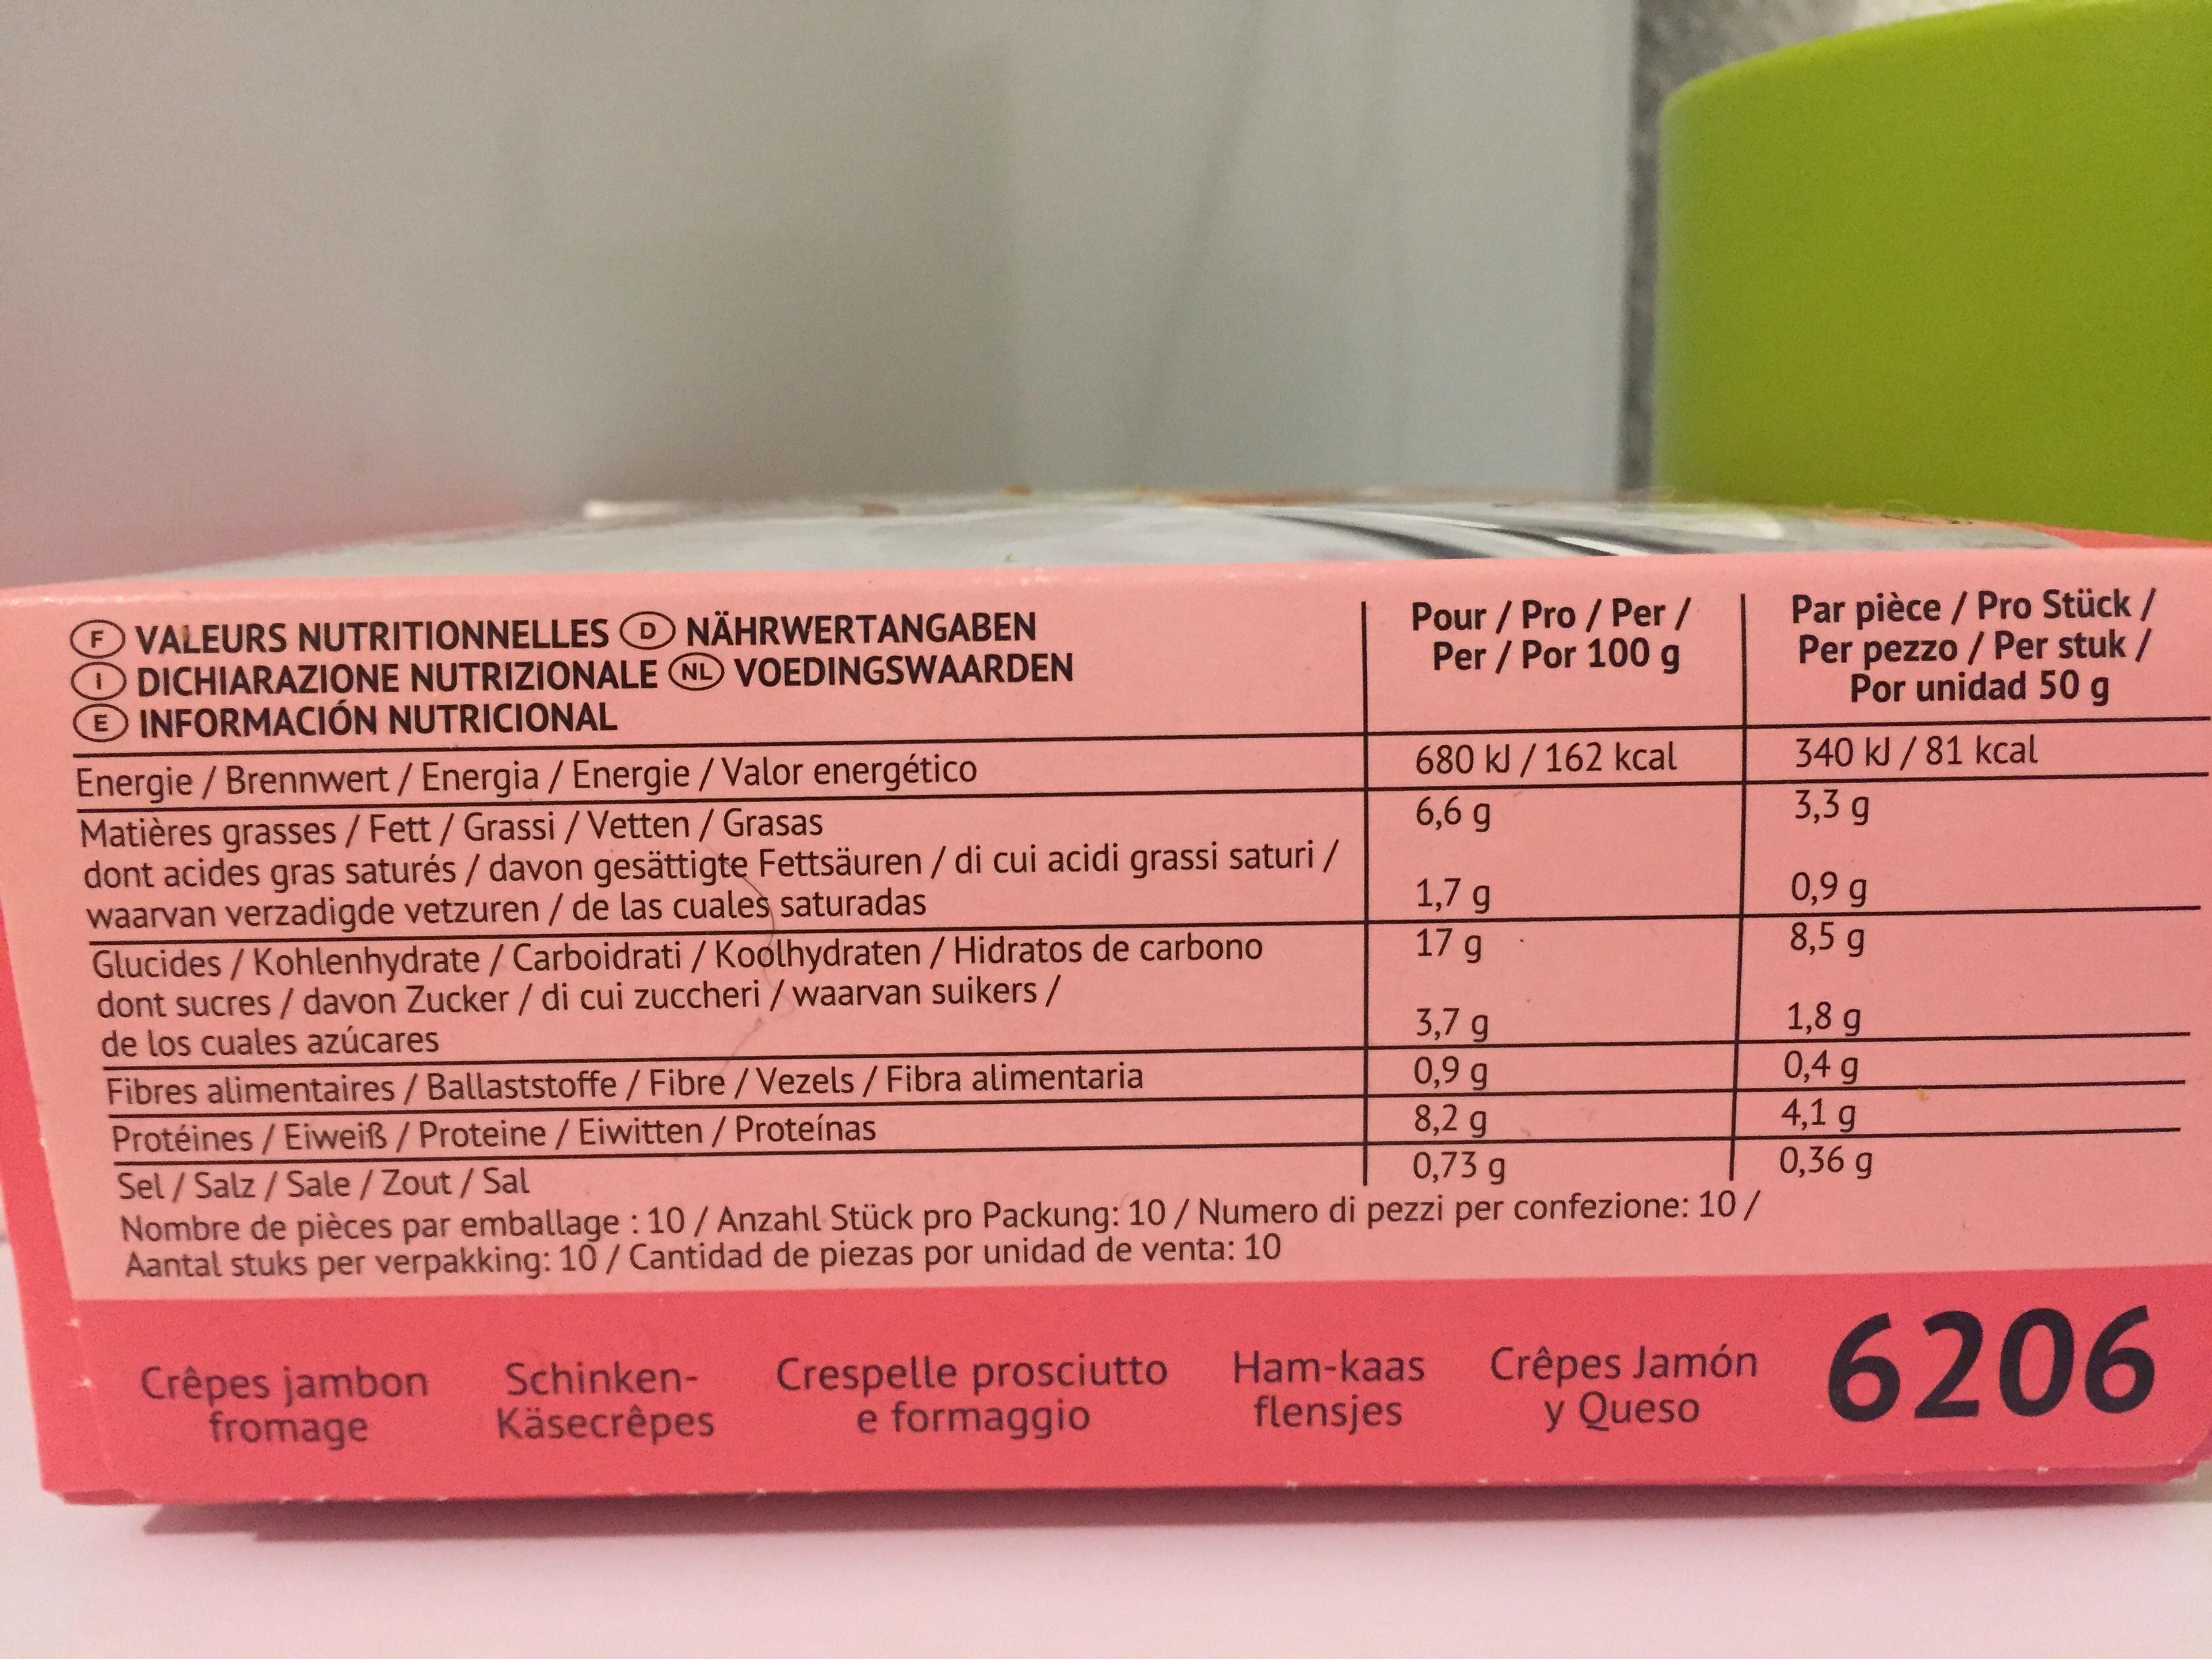
Par pièce / Pro Stück / Per pezzo/ Per stuk / Por unidad 50g Pour / Pro/ Per/ Per/Por 100 g VALEURS NUTRITIONNELLES NÄHRWERTANGABEN O DICHIARAZIONE NUTRIZIONALE NL VOEDINGSWAARDEN INFORMACIÓN NUTRICIONAL D 340 kJ/81 kcal 3,3 g 680 kJ/162 kcal Energie/Brennwert/Energia/Energie /Valor energético Matières grasses /Fett / Grassi / Vetten/ Grasas dont acides gras saturés/ davon gesättigte Fettsäuren/ di cui acidi grassi saturi / waarvan verzadigde vetzuren / de las cuales saturadas Glucides / Kohlenhydrate/Carboidrati / Koolhydraten / Hidratos de carbono dont sucres / davon Zucker / di cui zuccheri /waarvan suikers / de los cuales azúcares 6,6 g 0,9 g 8,5 g 1,7 g 17 g 1,8 g 0,4 g 4,1 g 0,36 g 3,7 g 0,9 g 8,2 g 0,73 g Fibres alimentaires/Ballaststoffe / Fibre / Vezels/ Fibra alimentaria Protéines /Eiweiß/ Proteine / Eiwitten/ Proteínas Sel/Salz / Sale / Zout/ Sal Nombre de pièces par emballage : 10/Anzahl Stück pro Packung: 10/Numero di pezzi per confezione: 10/ Aantal stuks per verpakking: 10/Cantidad de piezas por unidad de venta: 10 6206 Crespelle prosciutto Ham-kaas Crêpes Jamón flensjes Schinken- Käsecrêpes Crêpes jambon fromage y Queso e formaggio